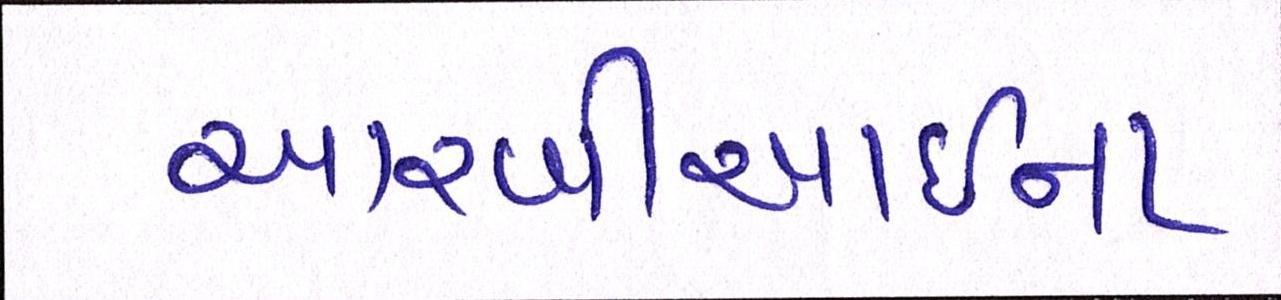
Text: આરબીઆઇના